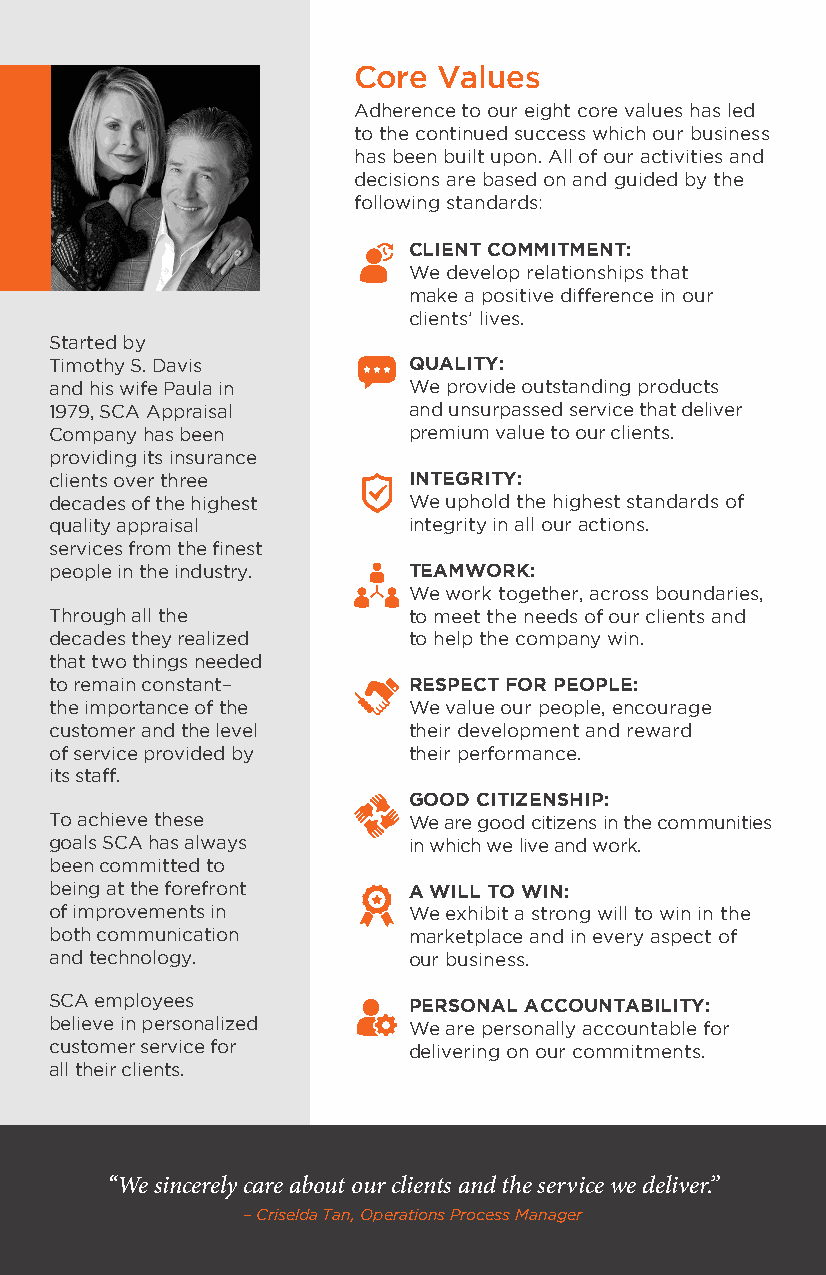
Core  Values
 Adherence to our eight core values has led
 to the continued success which our business
 has been built upon. All of our activities and
 decisions are based on and guided by the
 following standards:
 CLIENT COMMITMENT:
 We develop relationships that
 make a positive difference in our
 clients’ lives.
 Started by
 Timothy S. Davis        QUALITY:
 and his wife Paula in   We provide outstanding products
 1979, SCA Appraisal     and unsurpassed service that deliver
 Company has been        premium value to our clients.
 providing its insurance
 clients over three      INTEGRITY:
 decades of the highest  We uphold the highest standards of
 quality appraisal       integrity in all our actions.
 services from the finest
 people in the industry. TEAMWORK:
 We work together, across boundaries,
 Through all the         to meet the needs of our clients and
 decades they realized   to help the company win.
 that two things needed
 to remain constant–     RESPECT FOR PEOPLE:
 the importance of the   We value our people, encourage
 customer and the level  their development and reward
 of service provided by  their performance.
 its staff.
 GOOD CITIZENSHIP:
 To achieve these        We are good citizens in the communities
 goals SCA has always    in which we live and work.
 been committed to
 being at the forefront  A WILL TO WIN:
 of improvements in      We exhibit a strong will to win in the
 both communication      marketplace and in every aspect of
 and technology.         our business.
 SCA employees           PERSONAL ACCOUNTABILITY:
 believe in personalized We are personally accountable for
 customer service for    delivering on our commitments.
 all their clients.
 “We sincerely care about our clients and the service we deliver.”
 – Criselda Tan, Operations Process Manager